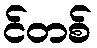
င်တစ်